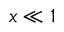
x \ll 1